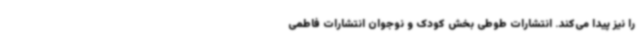
را نیز پیدا می‌کند. انتشارات طوطی بخش کودک و نوجوان انتشارات فاطمی